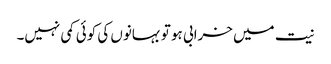
نیت میں خرابی ہو تو بہانوں کی کوئی کمی نہیں۔